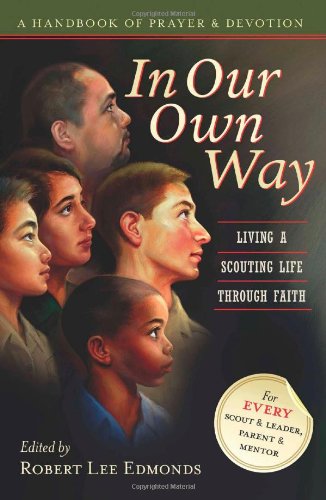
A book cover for In Our Own Way: Living a Scouting Life Through Faith; Robert Lee Edmonds; Religion & Spirituality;